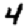
Digit: 4